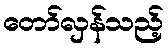
တော်လှန်သည့်